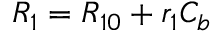
R _ { 1 } = R _ { 1 0 } + r _ { 1 } C _ { b }